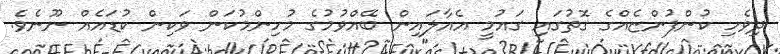
ދިވެހި ކުންފުންޏެއްގެ ގޮތުގައި ގައުމީ އެއާލައިން ބޭއްވުމުގެ މުހިންމުކަން ވަކިން ކުޑައެއް ނޫނެވެ.